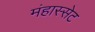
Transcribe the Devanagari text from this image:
मंहास्सेट